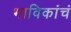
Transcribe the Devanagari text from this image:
भाविकांचं